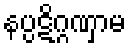
နပ္ပဋိဂ္ဂဏှာမ